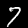
Label: 7